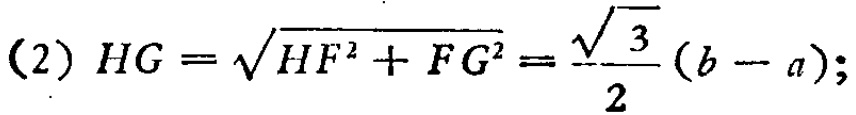
(2) \(HG = \sqrt{HF^{2}+FG^{2}}=\frac{\sqrt{3}}{2}(b - a);\)